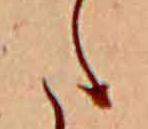
た